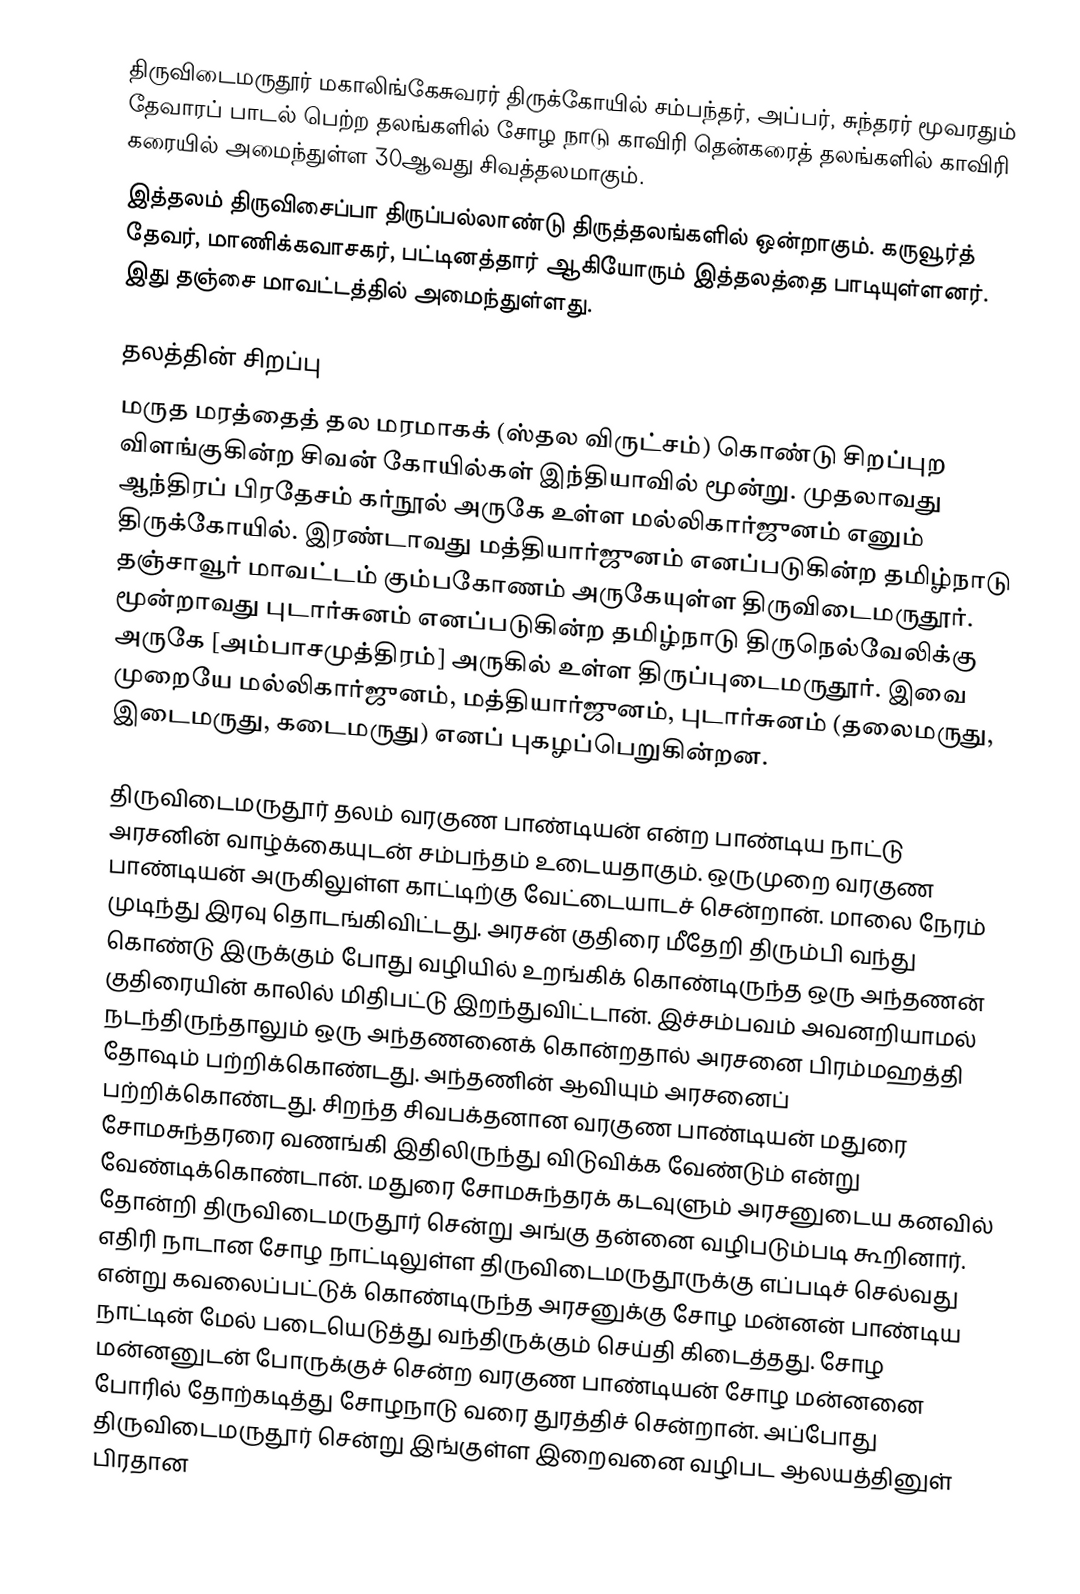
திருவிடைமருதூர் மகாலிங்கேசுவரர் திருக்கோயில் சம்பந்தர், அப்பர், சுந்தரர் மூவரதும் தேவாரப் பாடல் பெற்ற தலங்களில் சோழ நாடு காவிரி தென்கரைத் தலங்களில் காவிரி கரையில் அமைந்துள்ள 30ஆவது சிவத்தலமாகும்.
இத்தலம் திருவிசைப்பா திருப்பல்லாண்டு திருத்தலங்களில் ஒன்றாகும். கருவூர்த் தேவர், மாணிக்கவாசகர், பட்டினத்தார் ஆகியோரும் இத்தலத்தை பாடியுள்ளனர். இது தஞ்சை மாவட்டத்தில் அமைந்துள்ளது.

தலத்தின் சிறப்பு
மருத மரத்தைத் தல மரமாகக் (ஸ்தல விருட்சம்) கொண்டு சிறப்புற விளங்குகின்ற சிவன் கோயில்கள் இந்தியாவில் மூன்று. முதலாவது ஆந்திரப் பிரதேசம் கர்நூல் அருகே உள்ள மல்லிகார்ஜுனம் எனும் திருக்கோயில். இரண்டாவது மத்தியார்ஜுனம் எனப்படுகின்ற தமிழ்நாடு தஞ்சாவூர் மாவட்டம் கும்பகோணம் அருகேயுள்ள திருவிடைமருதூர். மூன்றாவது புடார்சுனம் எனப்படுகின்ற தமிழ்நாடு திருநெல்வேலிக்கு அருகே [அம்பாசமுத்திரம்] அருகில் உள்ள திருப்புடைமருதூர். இவை முறையே மல்லிகார்ஜுனம், மத்தியார்ஜுனம், புடார்சுனம் (தலைமருது, இடைமருது, கடைமருது) எனப் புகழப்பெறுகின்றன.

திருவிடைமருதூர் தலம் வரகுண பாண்டியன் என்ற பாண்டிய நாட்டு அரசனின் வாழ்க்கையுடன் சம்பந்தம் உடையதாகும். ஒருமுறை வரகுண பாண்டியன் அருகிலுள்ள காட்டிற்கு வேட்டையாடச் சென்றான். மாலை நேரம் முடிந்து இரவு தொடங்கிவிட்டது. அரசன் குதிரை மீதேறி திரும்பி வந்து கொண்டு இருக்கும் போது வழியில் உறங்கிக் கொண்டிருந்த ஒரு அந்தணன் குதிரையின் காலில் மிதிபட்டு இறந்துவிட்டான். இச்சம்பவம் அவனறியாமல் நடந்திருந்தாலும் ஒரு அந்தணனைக் கொன்றதால் அரசனை பிரம்மஹத்தி தோஷம் பற்றிக்கொண்டது. அந்தணின் ஆவியும் அரசனைப் பற்றிக்கொண்டது. சிறந்த சிவபக்தனான வரகுண பாண்டியன் மதுரை சோமசுந்தரரை வணங்கி இதிலிருந்து விடுவிக்க வேண்டும் என்று வேண்டிக்கொண்டான். மதுரை சோமசுந்தரக் கடவுளும் அரசனுடைய கனவில் தோன்றி திருவிடைமருதூர் சென்று அங்கு தன்னை வழிபடும்படி கூறினார். எதிரி நாடான சோழ நாட்டிலுள்ள திருவிடைமருதூருக்கு எப்படிச் செல்வது என்று கவலைப்பட்டுக் கொண்டிருந்த அரசனுக்கு சோழ மன்னன் பாண்டிய நாட்டின் மேல் படையெடுத்து வந்திருக்கும் செய்தி கிடைத்தது. சோழ மன்னனுடன் போருக்குச் சென்ற வரகுண பாண்டியன் சோழ மன்னனை போரில் தோற்கடித்து சோழநாடு வரை துரத்திச் சென்றான். அப்போது திருவிடைமருதூர் சென்று இங்குள்ள இறைவனை வழிபட ஆலயத்தினுள் பிரதான